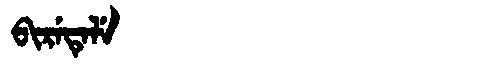
Manchu: ᠪᡳᡵᡝᡨᡝᠯᡝ
Romanization: BIRETELE